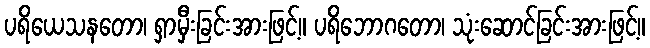
ပရိယေသနတော၊ ရှာမှီးခြင်းအားဖြင့်။ ပရိဘောဂတော၊ သုံးဆောင်ခြင်းအားဖြင့်။